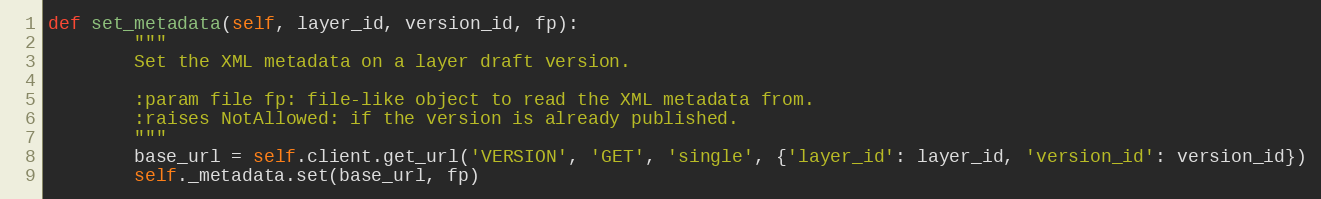
Language: Python
def set_metadata(self, layer_id, version_id, fp):
        """
        Set the XML metadata on a layer draft version.

        :param file fp: file-like object to read the XML metadata from.
        :raises NotAllowed: if the version is already published.
        """
        base_url = self.client.get_url('VERSION', 'GET', 'single', {'layer_id': layer_id, 'version_id': version_id})
        self._metadata.set(base_url, fp)